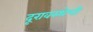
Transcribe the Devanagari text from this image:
दूरावस्थेची